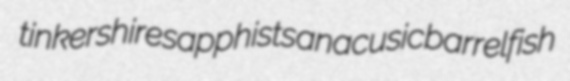
tinkershire sapphists anacusic barrelfish